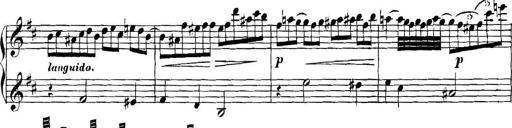
Title: Collected Piano Sonatas
Composer: Muzio Clementi